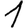
Digit: 1